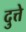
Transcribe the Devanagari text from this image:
दुत्ते